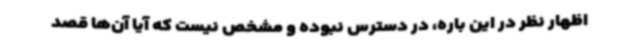
اظهار نظر در این باره، در دسترس نبوده و مشخص نیست که آیا آن‌ها قصد